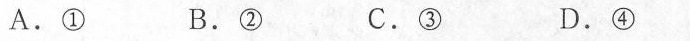
A.① B.② C.③ D.④